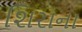
શિરાના